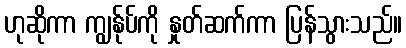
ဟုဆိုကာ ကျွန်ုပ်ကို နှုတ်ဆက်ကာ ပြန်သွားသည်။